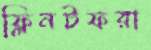
ফ্লিনটফরা